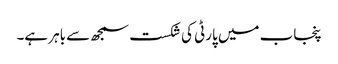
پنجاب میں پارٹی کی شکست سمجھ سے باہر ہے۔